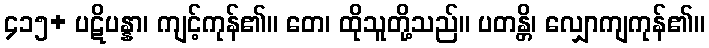
၄၁၅+ ပဋိပန္နာ၊ ကျင့်ကုန်၏။ တေ၊ ထိုသူတို့သည်။ ပတန္တိ၊ လျှောကျကုန်၏။